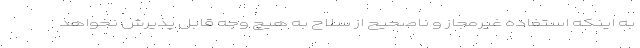
به اینکه استفاده غیرمجاز و ناصحیح از سلاح به هیچ وجه قابل پذیرش نخواهد